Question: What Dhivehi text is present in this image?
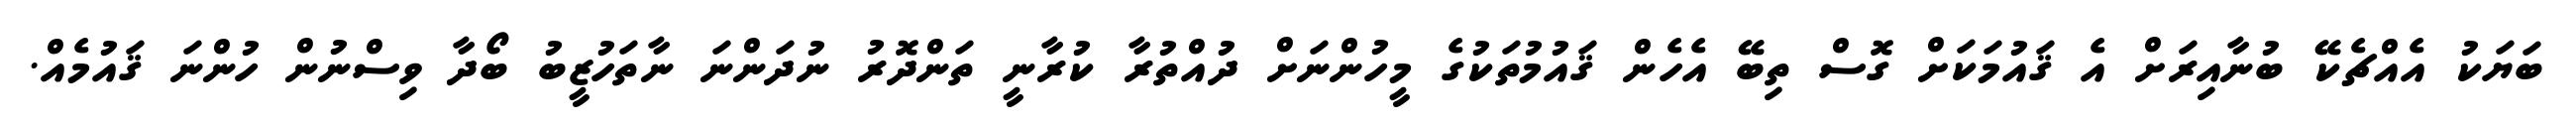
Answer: ބަޔަކު އެއްޗެކޭ ބުނާއިރަށް އެ ޤައުމަކަށް ގޮސް ތިބޭ އެހެން ޤައުމުތަކުގެ މީހުންނަށް ދުއްތުރާ ކުރާނީ ތަންދޮރު ނުދަންނަ ނާތަހުޒީބު ބޯދާ ވިސްނުން ހުންނަ ޤައުމެއް.